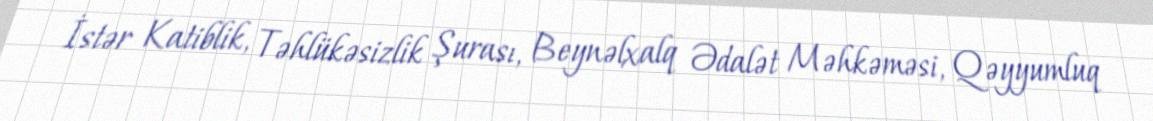
İstər Katiblik, Təhlükəsizlik Şurası, Beynəlxalq Ədalət Məhkəməsi, Qəyyumluq